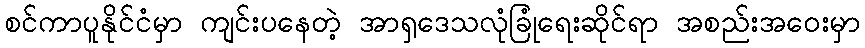
စင်ကာပူနိုင်ငံမှာ ကျင်းပနေတဲ့ အာရှဒေသလုံခြုံရေးဆိုင်ရာ အစည်းအဝေးမှာ